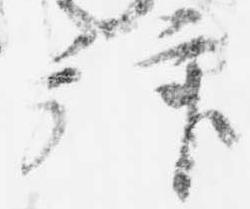
拜